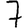
Digit: 7